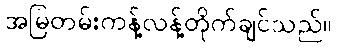
အမြဲတမ်းကန့်လန့်တိုက်ချင်သည်။